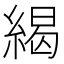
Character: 䋵